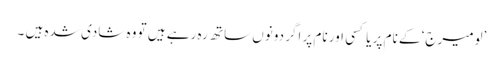
’لومیرج‘ کے نام پر یا کسی اور نام پر اگر دونوں ساتھ رہ رہے ہیں تو وہ شادی شدہ ہیں ۔